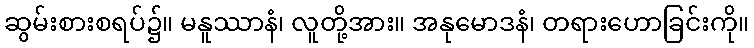
ဆွမ်းစားစရပ်၌။ မနူဿာနံ၊ လူတို့အား။ အနုမောဒနံ၊ တရားဟောခြင်းကို။